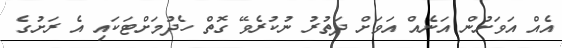
އެއް އަވަށުން އަނެއް އަވަށް ދަތުރު ނުކުރެވޭ ގޮތް ހެދުމަށްޓަކައި އެ ރަށުގެ